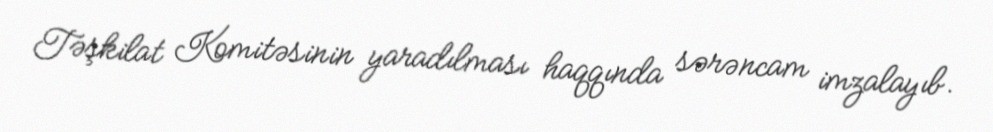
Təşkilat Komitəsinin yaradılması haqqında sərəncam imzalayıb.